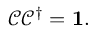
{ \mathcal { C } } { \mathcal { C } } ^ { \dagger } = \mathbf { 1 } .